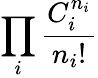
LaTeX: \prod_{i}{\frac{C_{i}^{n_{i}}}{n_{i}!}}